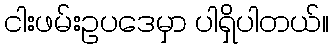
ငါးဖမ်းဥပဒေမှာ ပါရှိပါတယ်။